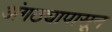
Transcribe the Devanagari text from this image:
अंगठ्यापासून